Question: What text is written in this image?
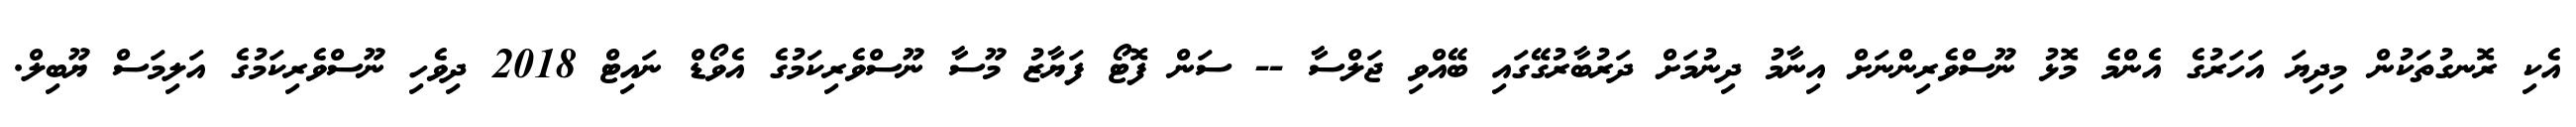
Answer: އެކި ރޮނގުތަކުން މިދިޔަ އަހަރުގެ އެންމެ މޮޅު ނޫސްވެރިންނަށް އިނާމު ދިނުމަށް ދަރުބާރުގޭގައި ބޭއްވި ޖަލްސާ -- ސަން ފޮޓޯ ފަޔާޒު މޫސާ ނޫސްވެރިކަމުގެ އެވޯޑް ނައިޓް 2018 ދިވެހި ނޫސްވެރިކަމުގެ އަލިމަސް ޔޫބިލް.